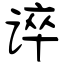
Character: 谇